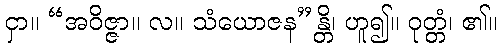
ငှာ။ “အဝိဇ္ဇာ။ လ။ သံယောဇန”န္တိ၊ ဟူ၍။ ဝုတ္တံ၊ ၏။